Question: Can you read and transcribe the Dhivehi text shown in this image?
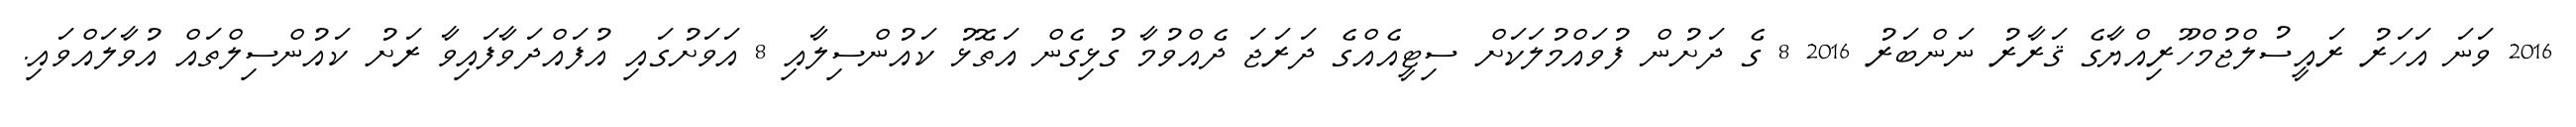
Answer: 2016 ވަނަ އަހަރު ރައީސުލްޖުމްހޫރިއްޔާގެ ޤަރާރު ނަންބަރު 2016 8 ގެ ދަށުން ފުވައްމުލަކަށް ސިޓީއެއްގެ ދަރަޖަ ދެއްވުމާ ގުޅިގެން އަތޮޅު ކައުންސިލާއި 8 އަވަށުގައި އުފައްދަވާފައިވާ ރަށު ކައުންސިލްތައް އުވާލައްވައި.